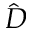
\hat { D }